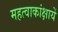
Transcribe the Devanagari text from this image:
महत्वाकांक्षायें